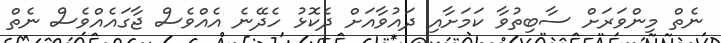
ނެތް މިންވަރަށް ސާބިތުވާ ކަމަށާއި ދައުވާއަށް ދެކޮޅު ހެދޭނެ އެއްވެސް ޖާގައެއްވެސް ނެތް